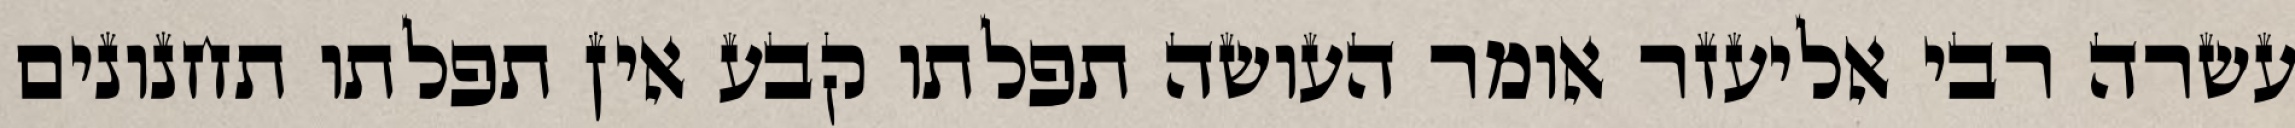
עשרה רבי אליעזר אומר העושה תפלתו קבע אין תפלתו תחנונים